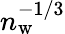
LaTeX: n_{\mathrm{w}}^{-1/3}